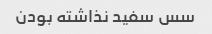
سس سفید نذاشته بودن